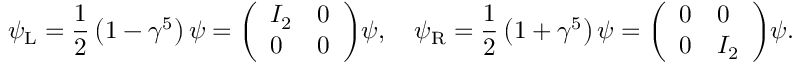
\psi _ { \mathrm { { L } } } = { \frac { 1 } { 2 } } \left( 1 - \gamma ^ { 5 } \right) \psi = { \left( \begin{array} { l l } { I _ { 2 } } & { 0 } \\ { 0 } & { 0 } \end{array} \right) } \psi , \quad \psi _ { \mathrm { { R } } } = { \frac { 1 } { 2 } } \left( 1 + \gamma ^ { 5 } \right) \psi = { \left( \begin{array} { l l } { 0 } & { 0 } \\ { 0 } & { I _ { 2 } } \end{array} \right) } \psi .